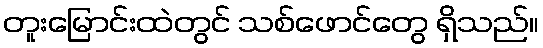
တူးမြောင်းထဲတွင် သစ်ဖောင်တွေ ရှိသည်။